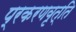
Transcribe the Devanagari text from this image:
प्रकरणवृत्ति